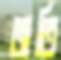
জতি